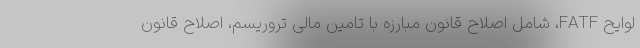
لوایح FATF، شامل اصلاح قانون مبارزه با تامین مالی تروریسم، اصلاح قانون